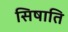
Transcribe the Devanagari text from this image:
सिषाति